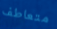
متعاطف